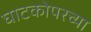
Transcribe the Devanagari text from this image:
घाटकोपरच्या